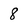
Character: 8